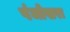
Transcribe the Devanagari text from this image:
पंजोखरा